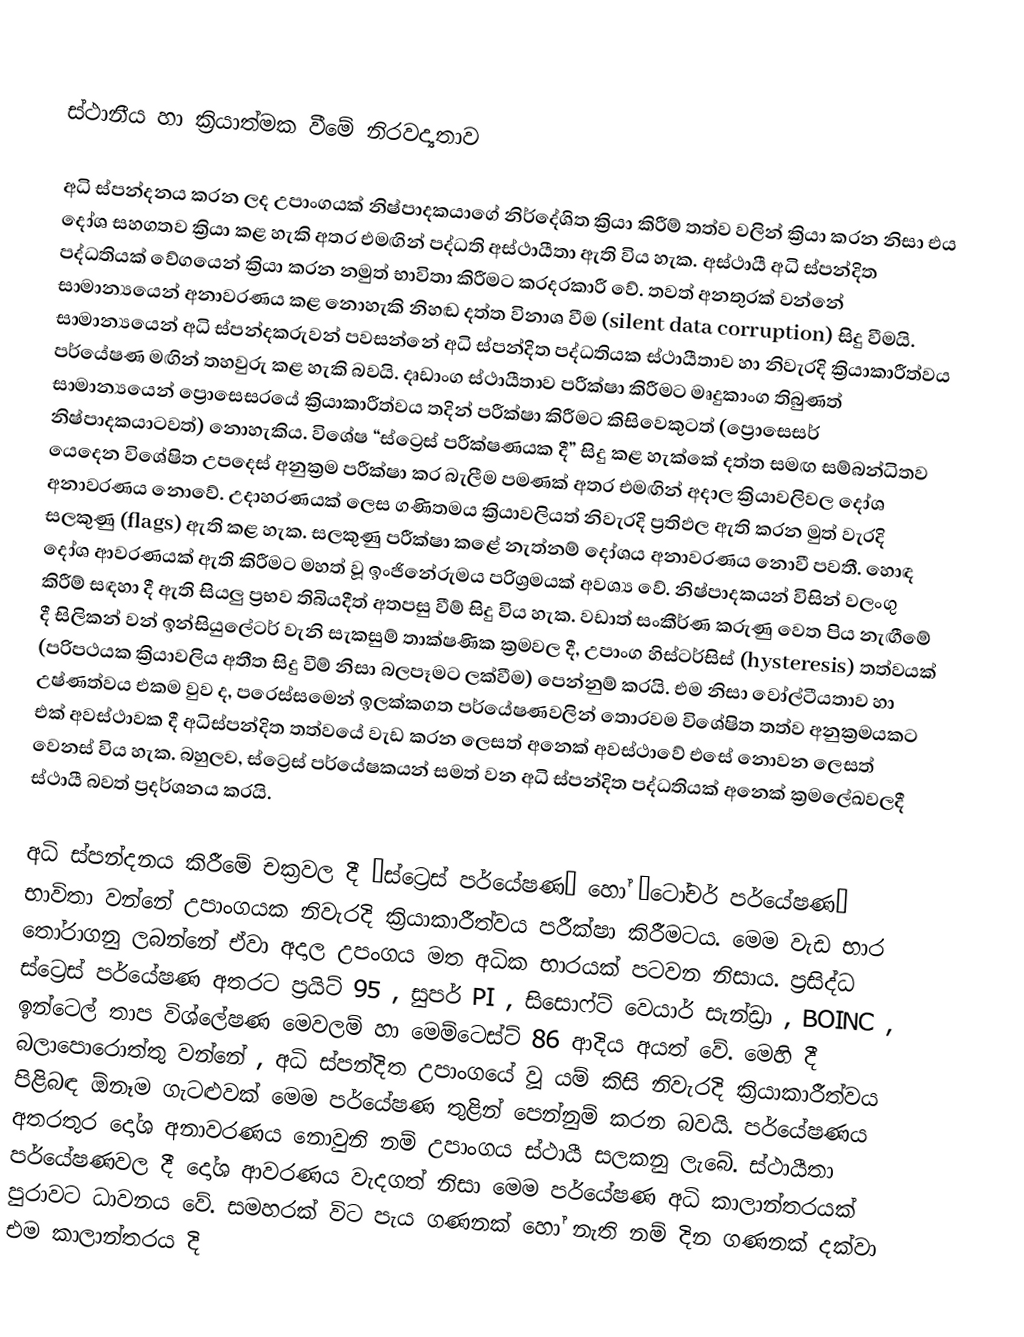

ස්ථානීය හා ක්‍රියාත්මක‍ වීමේ නිරවද්‍යතාව

අධි ස්පන්දනය කරන ලද උපාංගයක් නිෂ්පාදකයාගේ නිර්දේශිත ක්‍රියා කිරීම් තත්ව වලින් ක්‍රියා කරන නිසා එය දෝශ සහගතව ක්‍රියා කළ හැකි අතර එමඟින් පද්ධති අස්ථායීතා ඇති විය හැක. අස්ථායී අධි ස්පන්දිත පද්ධතියක් වේගයෙන් ක්‍රියා කරන නමුත් භාවිතා කිරීමට කරදරකාරී වේ. තවත් අනතුරක් වන්නේ සාමාන්‍යයෙන් අනාවරණය කළ නොහැකි නිහඬ දත්ත විනාශ වීම (silent data corruption) සිදු වීමයි. සාමාන්‍යයෙන් අධි ස්පන්දකරුවන් පවසන්නේ අධි ස්පන්දිත පද්ධතියක ස්ථායීතාව හා නිවැරදි ක්‍රියාකාරීත්වය පර්යේෂණ මඟින් තහවුරු කළ හැකි බවයි. දෘඩාංග ස්ථායීතාව පරීක්ෂා කිරීමට මෘදුකාංග තිබුණත් සාමාන්‍යයෙන් ප්‍රොසෙසරයේ ක්‍රියාකාරීත්වය තදින් පරීක්ෂා කිරීමට කිසිවෙකුටත් (ප්‍රොසෙසර් නිෂ්පාදකයාටවත්) නොහැකිය. විශේෂ “ස්ට්‍රෙස් පරීක්ෂණයක දී” සිදු කළ හැක්කේ දත්ත සමඟ සම්බන්ධිතව යෙදෙන විශේෂිත උපදෙස් අනුක්‍රම පරීක්ෂා කර බැලීම පමණක් අතර එමඟින් අදාල ක්‍රියාවලිවල දෝශ අනාවරණය නොවේ. උදාහරණයක් ලෙස ගණිතමය ක්‍රියාවලියත් නිවැරදි ප්‍රතිඵල ඇති කරන මුත් වැරදි සලකුණු (flags) ඇති කළ හැක. සලකුණු පරීක්ෂා කළේ නැත්නම් දෝශය අනාවරණය නොවී පවතී. හොඳ දෝශ ආවරණයක් ඇති කිරීමට මහත් වූ ඉංජිනේරුමය පරිශ්‍රමයක් අවශ්‍ය වේ. නිෂ්පාදකයන් විසින් වලංගු කිරීම් සඳහා දී ඇති සියලු ප්‍රභව තිබියදීත් අතපසු වීම් සිදු විය හැක. වඩාත් සංකීර්ණ කරුණු වෙත පිය නැඟීමේ දී සිලිකන් වන් ඉන්සියුලේටර් වැනි සැකසුම් තාක්ෂණික ක්‍රමවල දී, උපාංග හිස්ටර්සිස් (hysteresis) තත්වයක් (පරිපථයක ක්‍රියාවලිය අතීත සිදු වීම් නිසා බලපෑමට ලක්වීම) පෙන්නුම් කරයි. එම නිසා වෝල්ටීයතාව හා උෂ්ණත්වය එකම වුව ද, පරෙස්සමෙන් ඉලක්කගත පර්යේෂණවලින් තොරවම විශේෂිත තත්ව  අනුක්‍රමයකට එක් අවස්ථාවක දී අධිස්පන්දිත තත්වයේ වැඩ කරන ලෙසත් අනෙක් අවස්ථාවේ එසේ නොවන ලෙසත් වෙනස් විය හැක. බහුලව, ස්ට්‍රෙස් පර්යේෂකයන් සමත් වන අධි ස්පන්දිත පද්ධතියක් අනෙක් ක්‍රමලේඛවලදී ස්ථායී බවත් ප්‍රදර්ශනය කරයි.

අධි ස්පන්දනය කිරීමේ චක්‍රවල දී “ස්ට්‍රෙස් පර්යේෂණ” හෝ “ටෝචර් පර්යේෂණ” භාවිතා වන්නේ උපාංගයක නිවැරදි ක්‍රියාකාරීත්වය පරීක්ෂා කිරීමටය. මෙම වැඩ භාර තෝරාගනු ලබන්නේ ඒවා අදාල උපංගය මත අධික භාරයක් පටවන නිසාය. ප්‍රසිද්ධ ස්ට්‍රෙස් පර්යේෂණ අතරට ප්‍රයිට් 95 , සුපර් PI , සිසොෆ්ට් වෙයාර් සැන්ඩ්‍රා , BOINC , ඉන්ටෙල් තාප විශ්ලේෂණ මෙවලම් හා මෙම්ටෙස්ට් 86 ආදිය අයත් වේ. මෙහි දී බලාපොරොත්තු වන්නේ , අධි ස්පන්දිත උපාංගයේ වූ යම් කිසි නිවැරදි ක්‍රියාකාරීත්වය පිළිබඳ ඕනෑම ගැටළුවක් මෙම පර්යේෂණ තුළින් පෙන්නුම් කරන බවයි. පර්යේෂණය අතරතුර දෝශ අනාවරණය නොවුනි නම් උපාංගය ස්ථායී සලකනු ලැබේ. ස්ථායීතා පර්යේෂණවල දී දෝශ ආවරණය වැදගත් නිසා මෙම පර්යේෂණ අධි කාලාන්තරයක් පුරාවට ධාවනය වේ. සමහරක් විට පැය ගණනක් හෝ නැති නම් දින ගණනක් දක්වා එම කාලාන්තරය දි